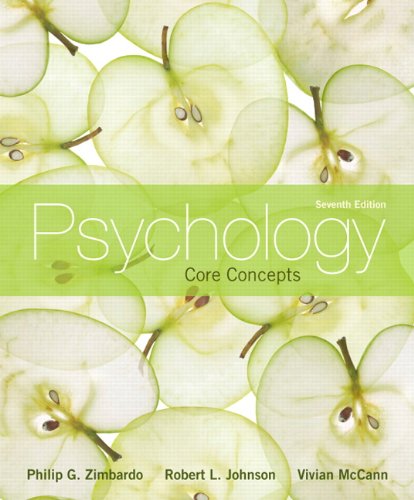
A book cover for Psychology: Core Concepts, 7th Edition; Philip G. Zimbardo; Medical Books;